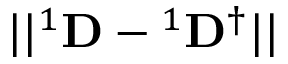
| | { } ^ { 1 } { \bf D } - { } ^ { 1 } { \bf D } ^ { \dagger } | |